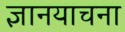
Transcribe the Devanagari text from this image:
ज्ञानयाचना